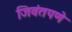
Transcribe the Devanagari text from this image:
जिवंतपणे